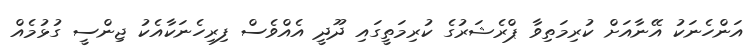
އަންހެނަކު އޭނާއަށް ކުރިމަތިވާ ޕްރެޝަރުގެ ކުރިމަތީގައި ދޫދީ އެއްވެސް ފިރިހެނަކާއެކު ޖިންސީ ގުޅުމެއް